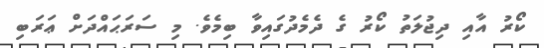
ކޯރު އާއި ދިޖުލަތު ކޯރު ގެ ދެމެދުގައިވާ ބިމެވެ. މި ސަރަޙައްދަށް ޢަރަބި